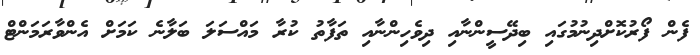
ފެން ފޯރުކޮށްދިނުމުގައި ބިދޭސީންނާއި ދިވެހިންނާއި ތަފާތު ކުރާ މައްސަލަ ބަލާނެ ކަމަށް އެންވާރަމަންޓް